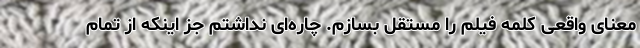
معنای واقعی کلمه فیلم را مستقل بسازم. چاره‌ای نداشتم جز اینکه از تمام